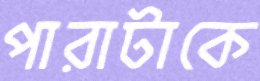
পারাটাকে